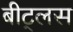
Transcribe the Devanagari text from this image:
बीट्लस